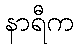
နာရီက